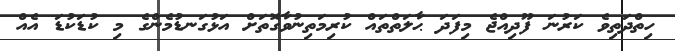
ހިތްދަތިވެ ކަރުނަ ފޫދިއްޖެ މިފަދަ ޙާލަތްތައް ކުރިމަތިނުވާގޮތަށް އަޅުގަނޑުމެންގެ މި ކުޑަކުޑަ އެއް